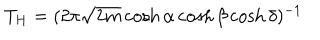
T _ { H } = ( 2 \pi \sqrt { 2 m } \cosh \alpha \cosh \beta \cosh \delta ) ^ { - 1 }